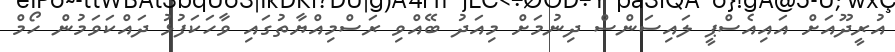
އުރީދޫއަށް އައިއެސްޕީ ލައިސަންސް ދިނުމަށް މިއަދު ބޭއްވި ރަސްމިއްޔާތުގައި ވާހަކަފުޅު ދައްކަވަމުން ހޯމް